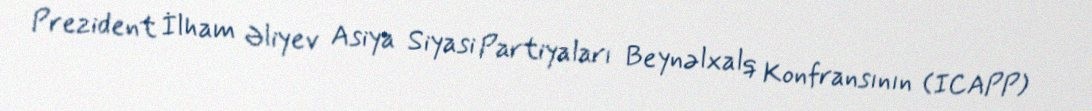
Prezident İlham Əliyev Asiya Siyasi Partiyaları Beynəlxalq Konfransının (ICAPP)